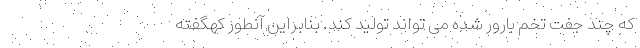
که چند جفت تخم بارور شده می تواند تولید کند. بنابراین آنطور کهگفته